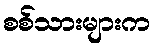
စစ်သားများက